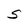
Character: S